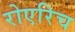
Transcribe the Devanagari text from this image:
रोएरिच